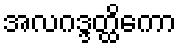
အလဂဒ္ဒတ္ထိကော